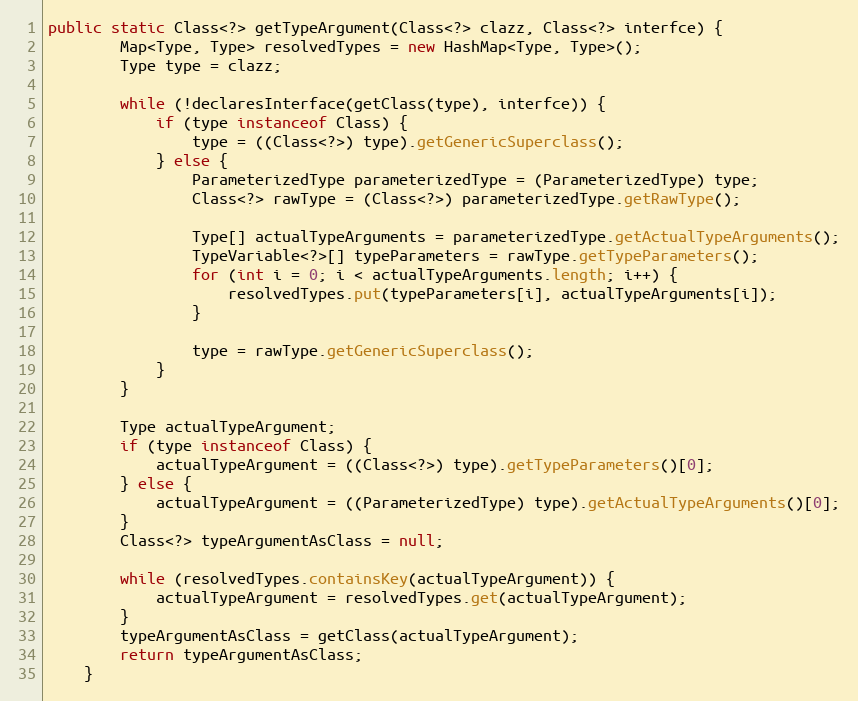
Language: Java
public static Class<?> getTypeArgument(Class<?> clazz, Class<?> interfce) {
		Map<Type, Type> resolvedTypes = new HashMap<Type, Type>();
		Type type = clazz;

		while (!declaresInterface(getClass(type), interfce)) {
			if (type instanceof Class) {
				type = ((Class<?>) type).getGenericSuperclass();
			} else {
				ParameterizedType parameterizedType = (ParameterizedType) type;
				Class<?> rawType = (Class<?>) parameterizedType.getRawType();

				Type[] actualTypeArguments = parameterizedType.getActualTypeArguments();
				TypeVariable<?>[] typeParameters = rawType.getTypeParameters();
				for (int i = 0; i < actualTypeArguments.length; i++) {
					resolvedTypes.put(typeParameters[i], actualTypeArguments[i]);
				}

				type = rawType.getGenericSuperclass();
			}
		}

		Type actualTypeArgument;
		if (type instanceof Class) {
			actualTypeArgument = ((Class<?>) type).getTypeParameters()[0];
		} else {
			actualTypeArgument = ((ParameterizedType) type).getActualTypeArguments()[0];
		}
		Class<?> typeArgumentAsClass = null;

		while (resolvedTypes.containsKey(actualTypeArgument)) {
			actualTypeArgument = resolvedTypes.get(actualTypeArgument);
		}
		typeArgumentAsClass = getClass(actualTypeArgument);
		return typeArgumentAsClass;
	}